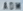
ADW